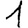
Digit: 1